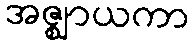
အဇ္ဈာယကာ